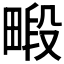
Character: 𪽜